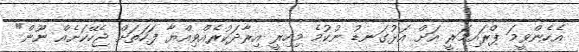
އެހެންވީމަ ޕްރައިމަރީ އަށް އަޅުގަނޑު ނުކުމެ މިހިރީ އިރާދަކުރެއްވިއްޔާ ފަހަތަށް ޖެހޭކަށެއް ނޫން"